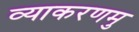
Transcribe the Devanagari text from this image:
व्याकरणमु